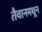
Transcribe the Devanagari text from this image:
तैवानमधून